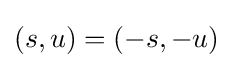
(s,u)=(-s,-u)